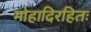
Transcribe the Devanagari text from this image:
मोहादिरहितः